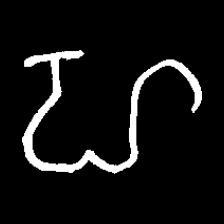
Pyu character \u2014 Myanmar letter: ဟ (romanized: ha)